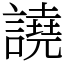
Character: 譊